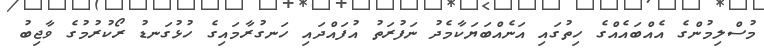
މުސްލިމުންގެ އެއްބައެއްގެ ހިތުގައި އަނެއްބަޔަކާމެދު ނަފުރަތު އުފައްދައި ހަނގުރާމައިގެ ހުޅުގަނޑު ރޯކުރުމުގެ ވާޖިބު